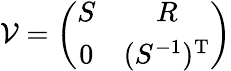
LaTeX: {\cal{V}}=\left(\begin{array}{cc}{{S}}&{{R}}\\ {{0}}&{{(S^{-1})^{\mathrm{T}}}}\end{array}\right)